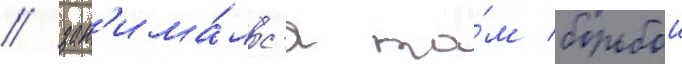
/ зан'има́лс'я та́м борьбои